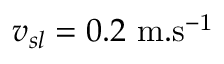
v _ { s l } = 0 . 2 ~ \mathrm { m . s ^ { - 1 } }